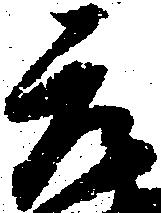
元